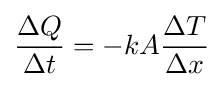
{\big .}{\frac {\Delta Q}{\Delta t}}=-kA{\frac {\Delta T}{\Delta x}}